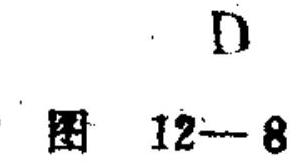
D
图 12--8